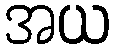
အယ